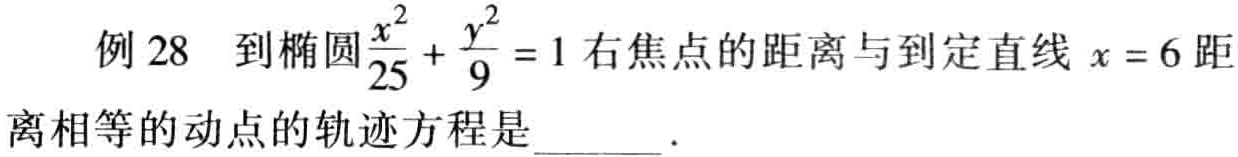
例 28 到椭圆$\frac{x^{2}}{25}+\frac{y^{2}}{9}=1$右焦点的距离与到定直线$x = 6$距离相等的动点的轨迹方程是______ .